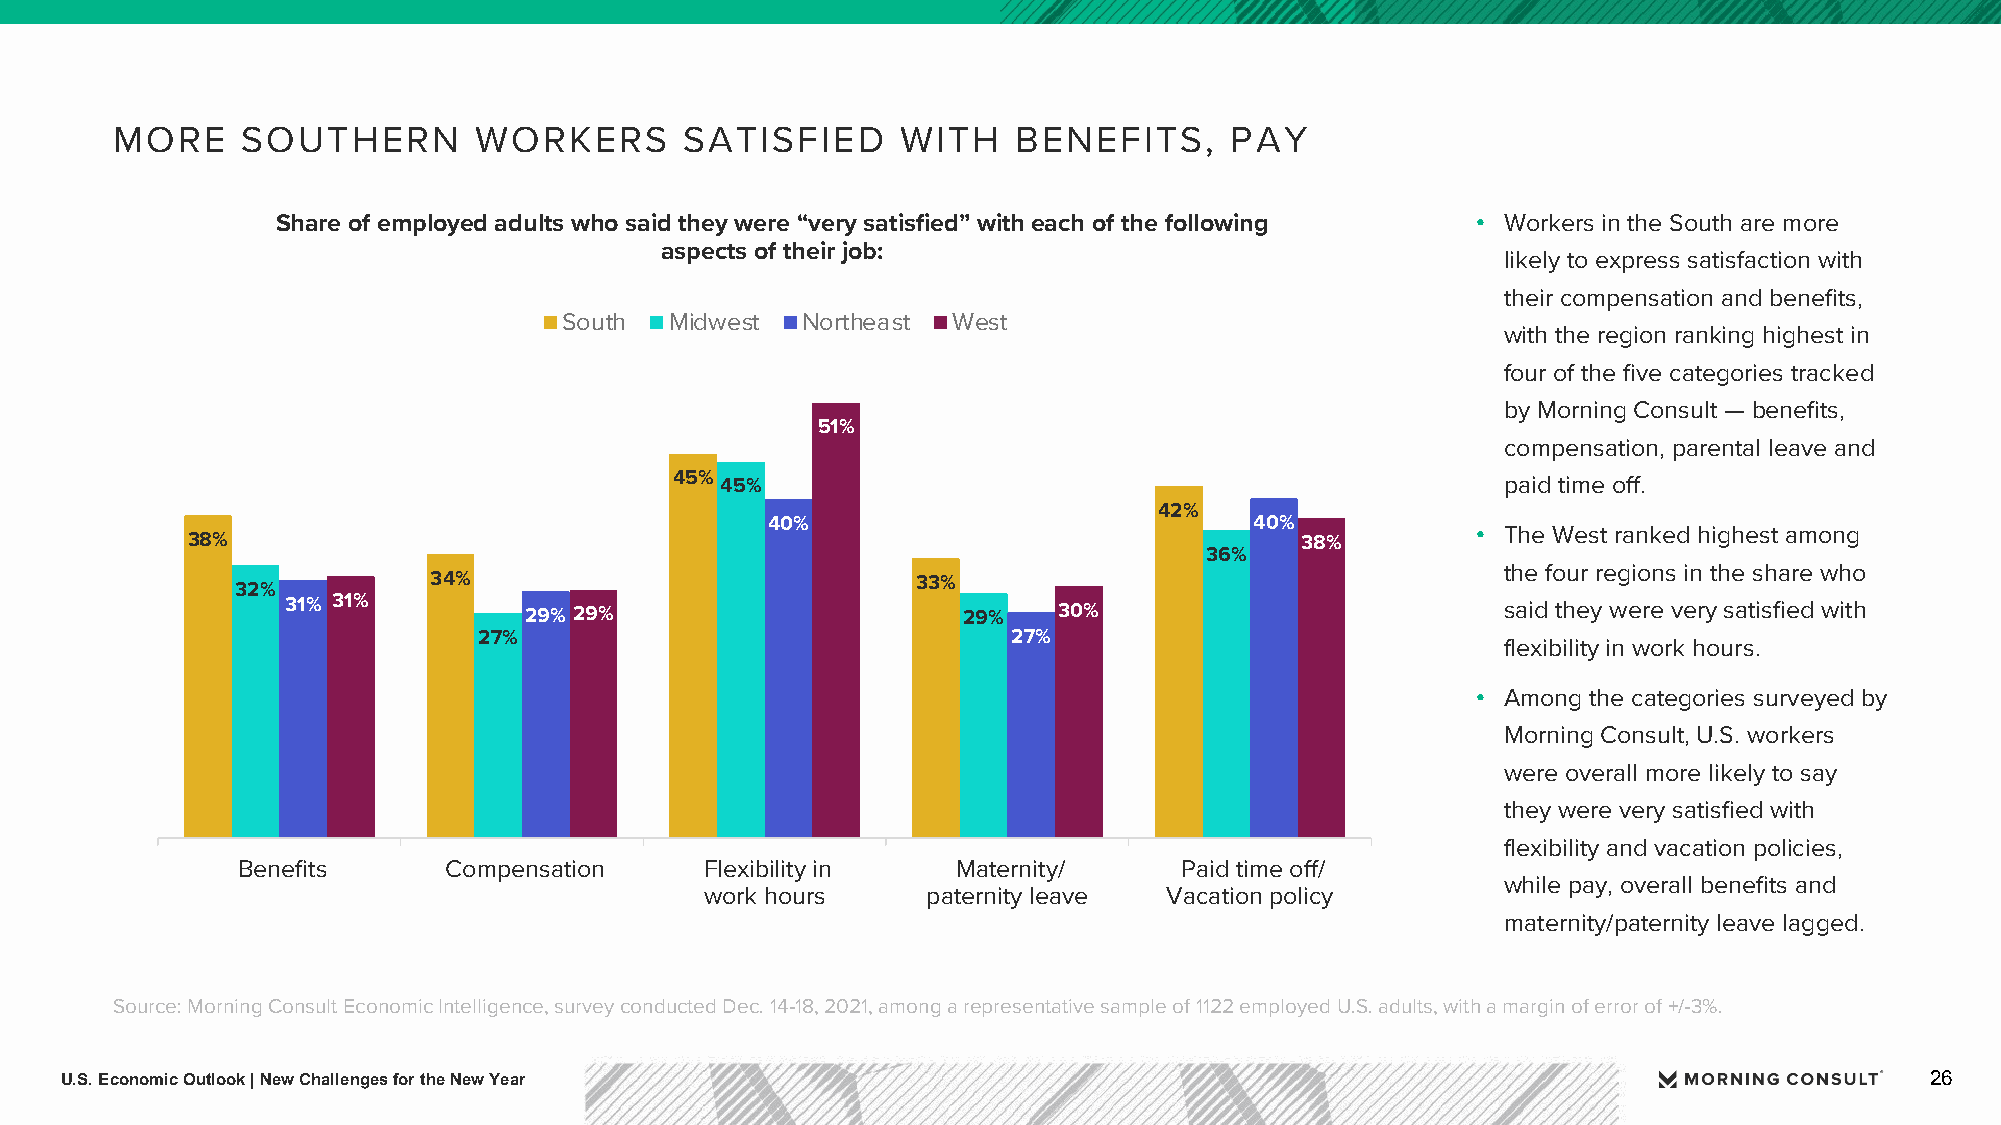
MORE     SOUTHERN       WORKERS       SATISFIED      WITH   BENEFITS,     PAY
 Share of employed adults who said they were “very satisfied” with each of the following • Workers in the South are more
 aspects of their job:
 likely to express satisfaction with
 their compensation and benefits,
 South  Midwest  Northeast West
 with the region ranking highest in
 four of the five categories tracked
 by Morning Consult — benefits,
 51%
 compensation, parental leave and
 45% 45%                                                paid time off.
 42%
 40%                             40%
 38%                                                                       38%         • The West ranked highest among
 36%
 the four regions in the share who
 34%                              33%
 32%
 31% 31%         29% 29%                      29%   30%                           said they were very satisfied with
 27%                                27%
 flexibility in work hours.
 • Among the categories surveyed by
 Morning Consult, U.S. workers
 were overall more likely to say
 they were very satisfied with
 flexibility and vacation policies,
 Benefits     Compensation      Flexibility in  Maternity/     Paid time off/
 while pay, overall benefits and
 work hours    paternity leave Vacation policy
 maternity/paternity leave lagged.
 Source: Morning Consult Economic Intelligence, survey conducted Dec. 14-18, 2021, among a representative sample of 1122 employedU.S. adults, with a margin of error of +/-3%.
 U.S. Economic Outlook | New Challenges for the New Year                                                                     26